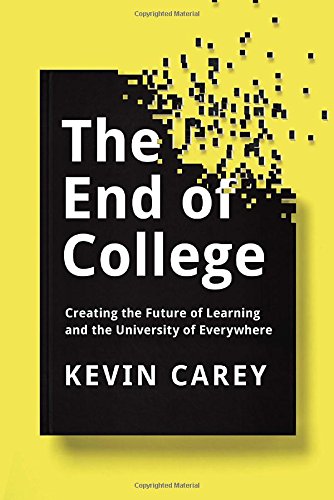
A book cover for The End of College: Creating the Future of Learning and the University of Everywhere; Kevin Carey; Education & Teaching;